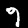
Label: 9